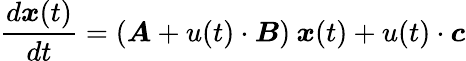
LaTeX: \frac{d\boldsymbol{x}(t)}{dt}=(\boldsymbol{A}+u(t)\cdot\boldsymbol{B})\: \boldsymbol{x}(t)+u(t)\cdot\boldsymbol{c}